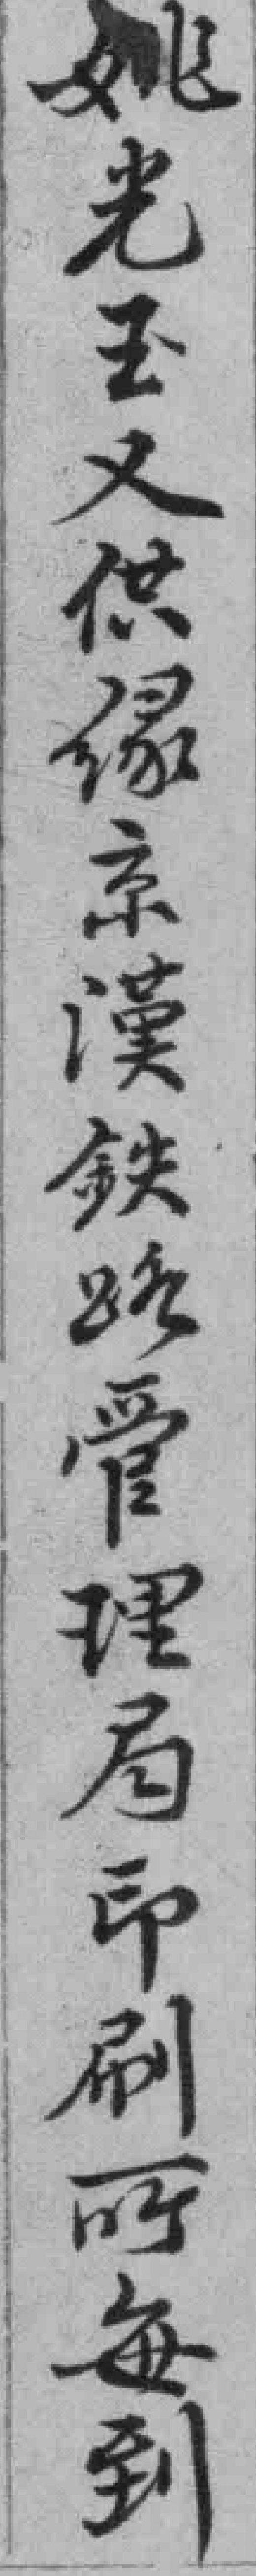
姚光玉又供绿京漢铁路管理局印刷所每到